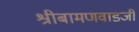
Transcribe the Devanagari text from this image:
श्रीबामणवाडजी